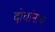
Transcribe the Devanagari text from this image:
दोघांनाच